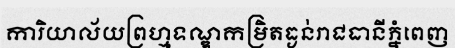
ការិយាល័យព្រហ្មទណ្ឌកម្រិតធ្ងន់រាជធានីភ្នំពេញ